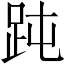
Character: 𧿬